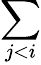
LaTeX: \sum_{j<i}